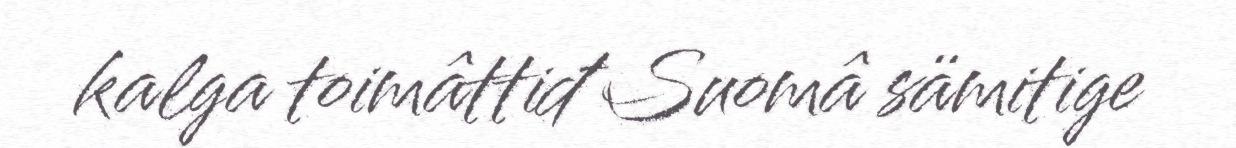
kalga toimâttiđ Suomâ sämitige